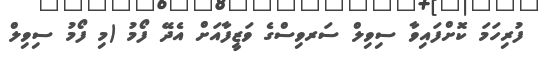
ފުރިހަމަ ކޮށްފައިވާ ސިވިލް ސަރވިސްގެ ވަޒީފާއަށް އެދޭ ފޯމު (މި ފޯމު ސިވިލް